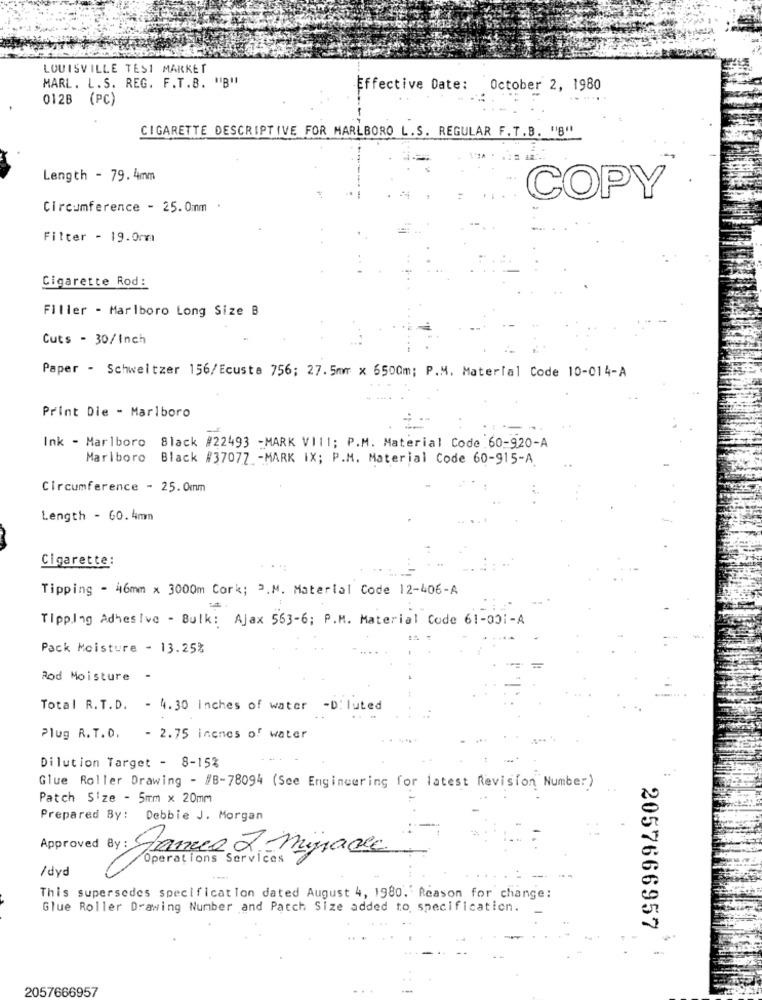
LOUISVILLE TESI MARKET
MARL. L.S. REG. F.T.B. "B"
Effective Date: October 2, 1980
012B (PC)
CIGARETTE DESCRIPTIVE FOR MARLBORO L.S. REGULAR F.T.B. "8"
Length - 79. 4mm
COPY
Circumference - 25.0mm .
Filter - 19.0mm
Cigarette Rod:
Filler - Marlboro Long Size B
Cuts - 30/Inch
Paper - Schweitzer 156/Ecusta 756; 27.5mm × 6500m; P.M. Material Code 10-014-A
. -
Print Die - Marlboro
Ink - Marlboro Black #22493 -MARK VIII; P.M. Material Code.60-920-A
Marlboro Black #37077 -MARK IX; P.M. Material Code 60-915-A
Circumference - 25.0mm
Length - 60.4mm
Cigarette:
. ..
Tipping - 46mm x 3000m Cork; 2.M. Material Code 12-406-A
Tipping Adhesive - Bulk: Ajax 563-6; P.M. Material Code 61-001-A
Pack Moisture - 13.25%
Rod Moisture -
Total R.T.D. - 4.30 Inches of water -D: luted
Plug R.T.D. - 2.75 inches of water
.....
Dilution Target - 8-15%
Glue Roller Drawing - #B-78094 (See Engineering for latest Revision Number)
Patch Size - 5mm x 20mm
Prepared By: Debbie J. Morgan
Approved By : James 2 miracle
Operations Services
/dyd
This supersedes specification dated August 4, 1980. Reason for change:
Glue Roller Drawing Number and Patch Size added to specification.
2057666957
2057666957